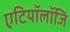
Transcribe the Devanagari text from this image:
एटियॉलॉजि